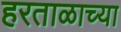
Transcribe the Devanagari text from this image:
हरताळाच्या